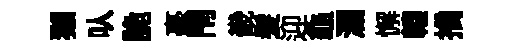
獺㕥詭毫閇畿髪迎龜瀾懈轅摘